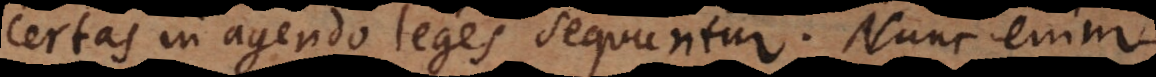
certas in agendo leges sequuntur. Nunc enim